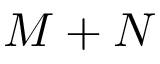
M + N